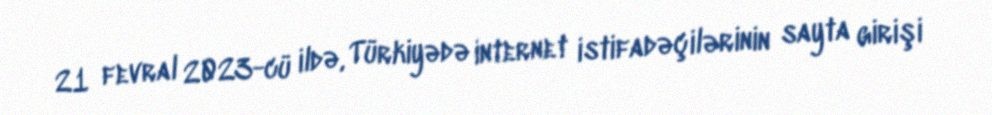
21 fevral 2023-cü ildə, Türkiyədə internet istifadəçilərinin sayta girişi